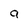
Character: a